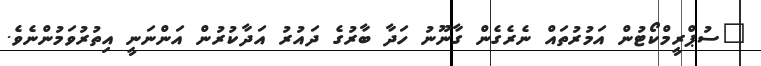
"ސުޕްރީމްކޯޓުން އަމުރުތައް ނެރެގެން ގާނޫނު ހަދާ ބާރުގެ ދައުރު އަދާކުރުން އަންނަނީ އިތުރުވަމުންނެވެ.